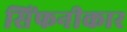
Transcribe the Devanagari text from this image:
सिंफनीकार